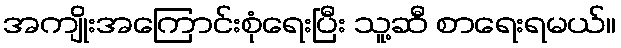
အကျိုးအကြောင်းစုံရေးပြီး သူ့ဆီ စာရေးရမယ်။